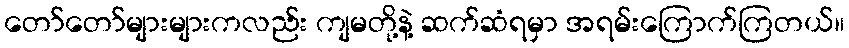
တော်တော်များများကလည်း ကျမတို့နဲ့ ဆက်ဆံရမှာ အရမ်းကြောက်ကြတယ်။